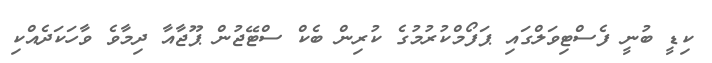
ކިޑީ ބުނީ ފެސްޓިވަލްގައި ޕަފޯމްކުރުމުގެ ކުރިން ބެކް ސްޓޭޖުން ޕޫޖާއާ ދިމާވެ ވާހަކަދެއްކި